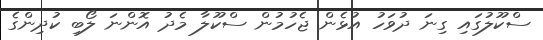
ސްކޫލުގައި ގިނަ ދުވަހު އުޅެން ޖެހުމުން ސްކޫލާ މެދު އޮންނަ ލޯބި ކުދިންގެ